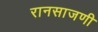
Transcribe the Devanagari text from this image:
रानसाजणी